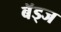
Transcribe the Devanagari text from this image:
बॅड्ज